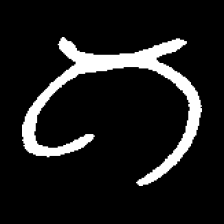
Pyu character \u2014 Myanmar letter: ဂ (romanized: ga)